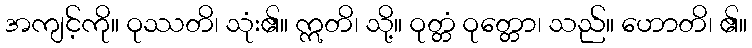
အကျင့်ကို။ ဝုဿတိ၊ သုံး၏။ ဣတိ၊ သို့။ ဝုတ္တံ ဝုတ္တော၊ သည်။ ဟောတိ၊ ၏။